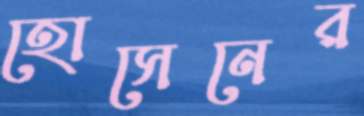
হোসেনের